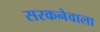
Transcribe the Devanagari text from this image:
सरकनेवाला